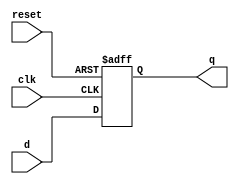
`timescale 1ns / 1ps
//////////////////////////////////////////////////////////////////////////////////
// Company: 
// Engineer: 
// 
// Design Name: 
// Module Name: pipe_reg
// Project Name: 
// Target Devices: 
// Tool Versions: 
// Description: 
// 
// Dependencies: 
// 
// Revision:
// Revision 0.01 - File Created
// Additional Comments:
// 
//////////////////////////////////////////////////////////////////////////////////


module pipe_reg #(parameter WIDTH = 42)(
    input clk, reset,
    input [WIDTH-1:0] d,
    output reg [WIDTH-1:0] q
    );
    
    always @(posedge clk or posedge reset)
    begin
        if(reset)
            q <= 0;
        else
            q <= d;
        end
 endmodule